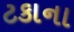
ટકાના